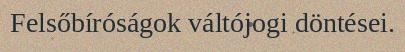
Felsőbíróságok váltójogi döntései.